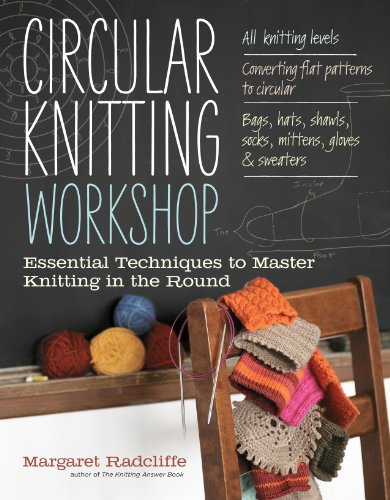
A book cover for Circular Knitting Workshop: Essential Techniques to Master Knitting in the Round; Margaret Radcliffe; Crafts, Hobbies & Home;